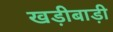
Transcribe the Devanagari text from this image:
खड़ीबाड़ी